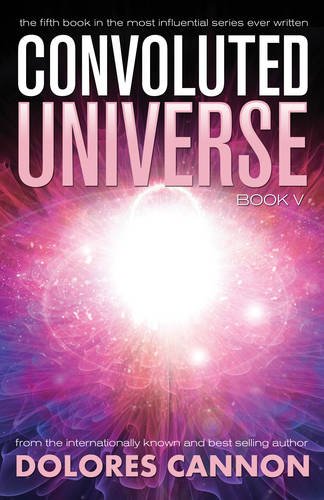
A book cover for Convoluted Universe Book V (The Convoluted Universe); Dolores Cannon; Politics & Social Sciences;